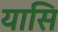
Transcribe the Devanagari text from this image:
यासि